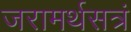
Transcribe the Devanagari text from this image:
जरामर्थसत्रं